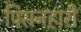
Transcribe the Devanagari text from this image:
पिसनहारी